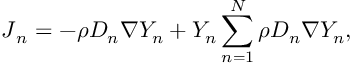
\boldsymbol { J } _ { n } = - \rho D _ { n } \boldsymbol { \nabla } Y _ { n } + Y _ { n } \sum _ { n = 1 } ^ { N } \rho D _ { n } \boldsymbol { \nabla } Y _ { n } ,